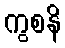
ကွစနိ